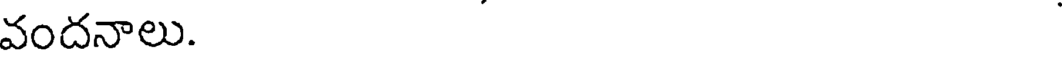
వందనాలు.